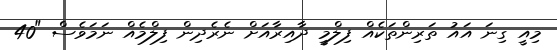
މިއީ ގިނަ އައު ތަރިންތަކެއް ފިލްމީ ދާއިރާއަށް ނެރެދިން ފިލްމެއް ނަމަވެސް "40